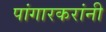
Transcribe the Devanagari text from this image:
पांगारकरांनी